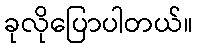
ခုလိုပြောပါတယ်။